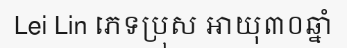
Lei Lin ភេទប្រុស អាយុ៣០ឆ្នាំ